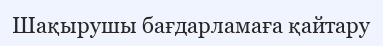
Шақырушы бағдарламаға қайтару